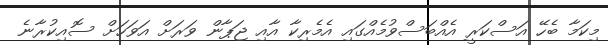
މިކަމާ ބެހޭ އަސްކަރީ އެއްބަސްވުމެއްގައި އެމެރިކާ އާއި ޖަޕާން ވަރަށް އަވަހަށް ސޮއިކުރާނެ